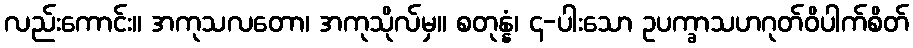
လည်းကောင်း။ အကုသလတော၊ အကုသိုလ်မှ။ စတုန္နံ၊ ၄-ပါးသော ဥပက္ခာသဟဂုတ်ဝိပါက်စိတ်